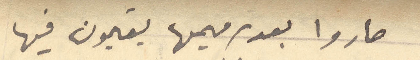
صاروا بعد ترميمها يقيمون فيها